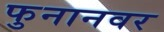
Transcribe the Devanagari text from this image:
फुनानवर